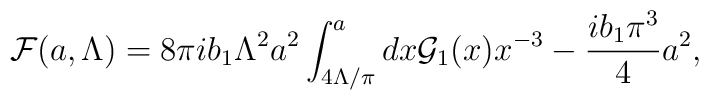
{\cal F}(a,\Lambda)={8\pi i b_1}\Lambda^2a^2\int^a_{4\Lambda/\pi}dx {\cal G}_1(x)x^{-3}-{i b_1\pi^3 \over 4} a^2,